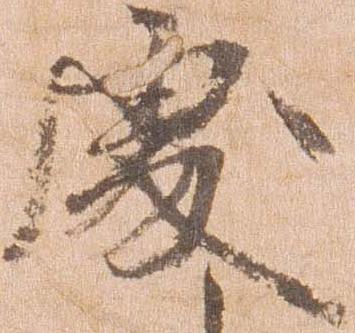
処